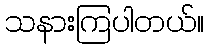
သနားကြပါတယ်။